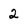
Character: 2